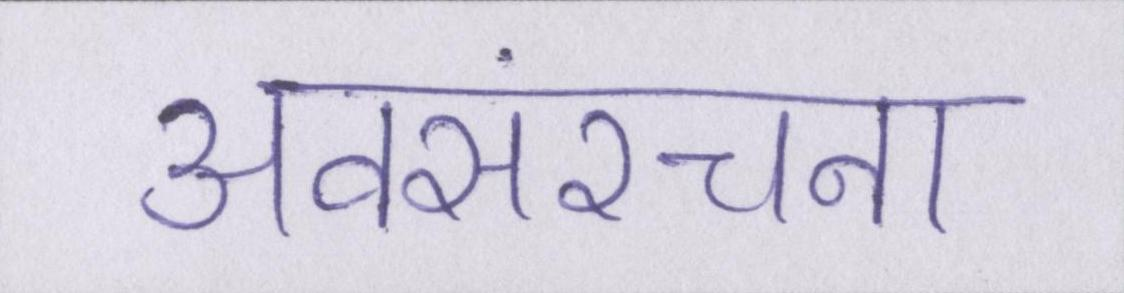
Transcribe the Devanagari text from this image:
अवसंरचना